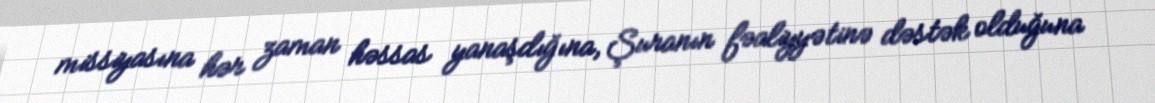
missiyasına hər zaman həssas yanaşdığına, Şuranın fəaliyyətinə dəstək olduğuna